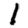
Digit: 1